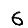
Digit: 6